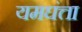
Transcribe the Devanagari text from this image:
यमघंत्ता